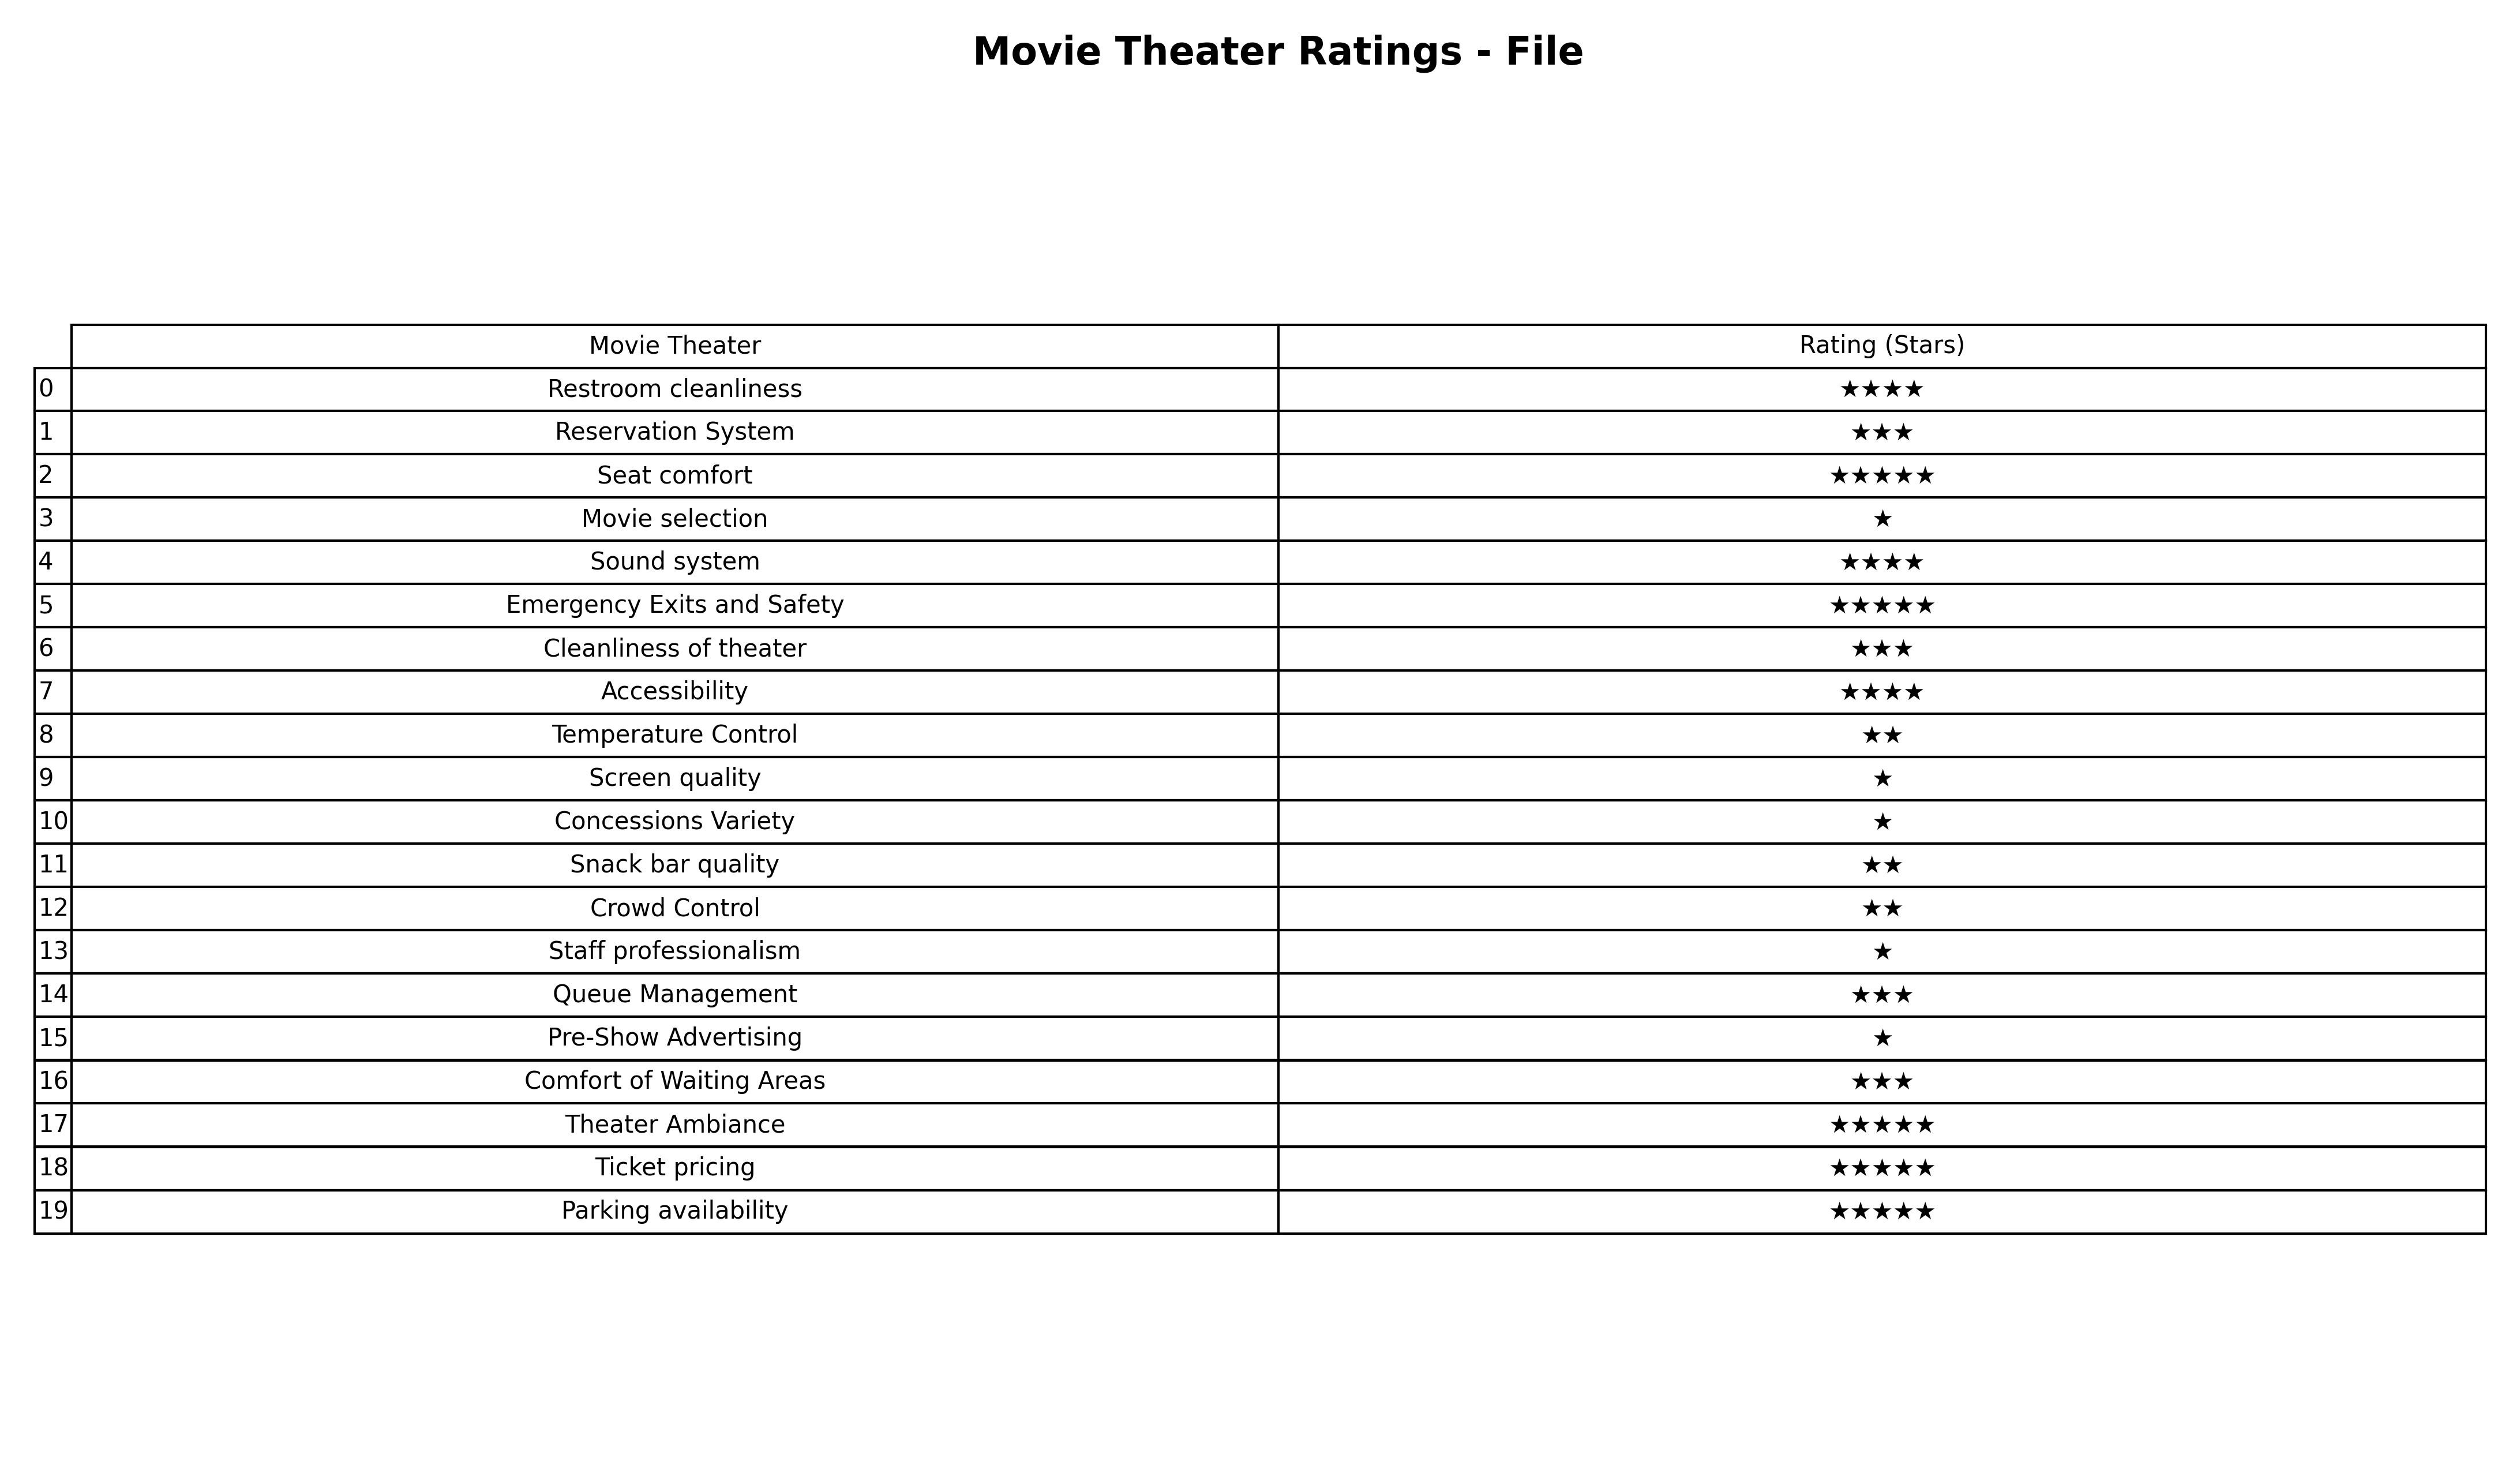
question: What are five star services?
answer: Seat comfortEmergency Exits and SafetyTheater AmbianceTicket pricingParking availability